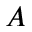
A